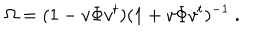
\Omega = ( 1 - v \Phi v ^ { t } ) ( 1 + v \Phi v ^ { t } ) ^ { - 1 } \ .